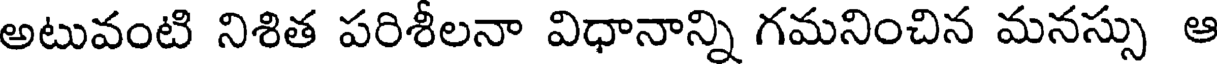
అటువంటి నిశిత పరిశీలనా విధానాన్ని గమనించిన మనస్సు ఆ